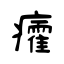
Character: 癨